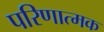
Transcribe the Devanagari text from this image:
परिणात्मक